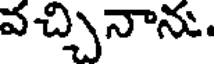
వచ్చినాను.